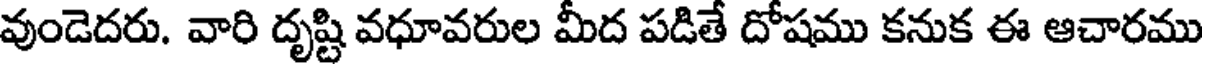
వుండెదరు. వారి దృష్టి వధూవరుల మీద పడితే దోషము కనుక ఈ ఆచారము